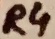
Text: R4